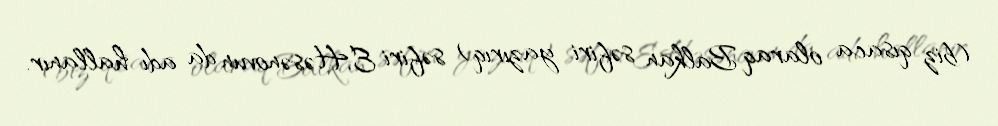
(biz qısaca olaraq Balkan səfiri yazırıq) səfiri E.Həsənovun da adı hallanır.